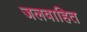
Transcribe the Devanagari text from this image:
जलवाहित